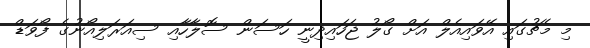
މި މެޗުގައި އޭވައިއެލް އަށް ގޯލު ޖަހައިދިނީ ހަސަން ސޮލާހާއި ސިއަރަލިއޯނުގެ ފޯވަޑް